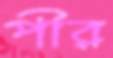
পীর